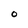
Character: O